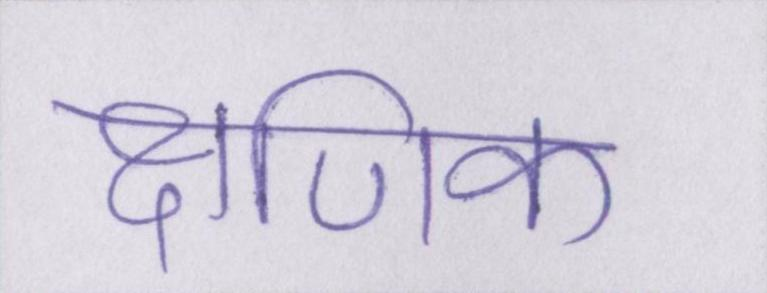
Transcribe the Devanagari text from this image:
क्षणिक